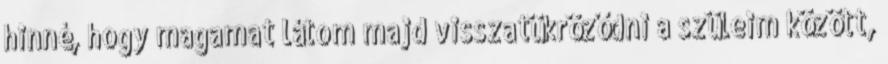
hinné, hogy magamat látom majd visszatükröződni a szüleim között,